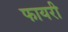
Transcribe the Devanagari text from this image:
फायरी